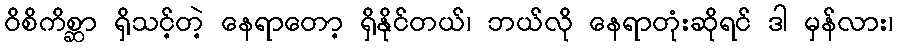
ဝိစိကိစ္ဆာ ရှိသင့်တဲ့ နေရာတော့ ရှိနိုင်တယ်၊ ဘယ်လို နေရာတုံးဆိုရင် ဒါ မှန်လား၊